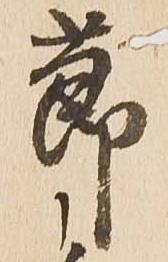
節